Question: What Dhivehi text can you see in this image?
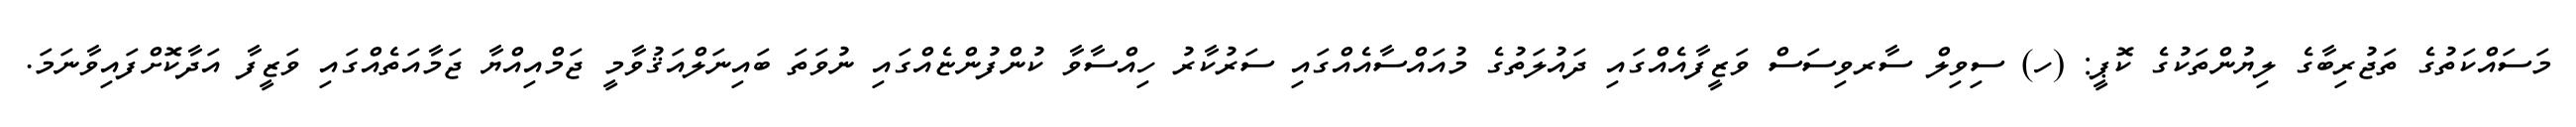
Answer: މަސައްކަތުގެ ތަޖުރިބާގެ ލިޔުންތަކުގެ ކޮޕީ: (ހ) ސިވިލް ސާރވިސަސް ވަޒީފާއެއްގައި ދައުލަތުގެ މުއައްސާއެއްގައި ސަރުކާރު ހިއްސާވާ ކުންފުންޏެއްގައި ނުވަތަ ބައިނަލްއަޤުވާމީ ޖަމްއިއްޔާ ޖަމާއަތެއްގައި ވަޒީފާ އަދާކޮށްފައިވާނަމަ.